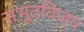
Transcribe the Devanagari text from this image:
सभूतविजय